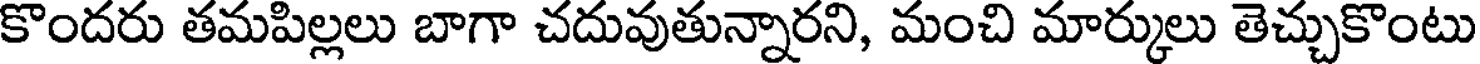
కొందరు తమపిల్లలు బాగా చదువుతున్నారని, మంచి మార్కులు తెచ్చుకొంటు